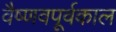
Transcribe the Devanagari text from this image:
वैष्णवपूर्वकाल